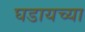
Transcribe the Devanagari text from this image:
घडायच्या